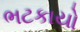
ભટકાયો